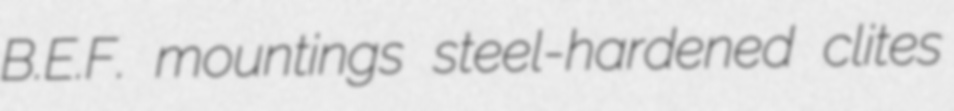
B.E.F. mountings steel-hardened clites